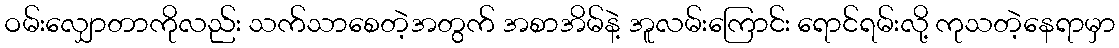
ဝမ်းလျှောတာကိုလည်း သက်သာစေတဲ့အတွက် အစာအိမ်နဲ့ အူလမ်းကြောင်း ရောင်ရမ်းလို့ ကုသတဲ့နေရာမှာ